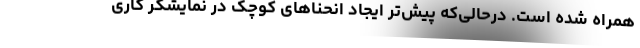
همراه شده است. درحالی‌که پیش‌تر ایجاد انحناهای کوچک در نمایشگر کاری